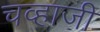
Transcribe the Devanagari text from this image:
चव्हाजी